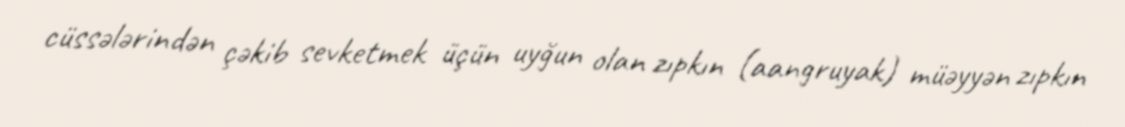
cüssələrindən çəkib sevketmek üçün uyğun olan zıpkın (aangruyak) müəyyən zıpkın